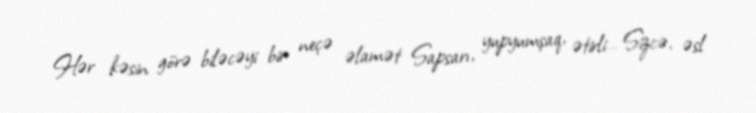
Hər kəsin görə biləcəyi bir neçə əlamət Sapsarı, yupyumşaq, ətirli… Sizcə, əsl